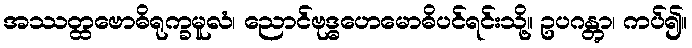
အဿတ္ထဗောဓိရုက္ခမူလံ၊ ညောင်ဗုဒ္ဓဟေမောဓိပင်ရင်းသို့။ ဥပဂန္တွာ၊ ကပ်၍။